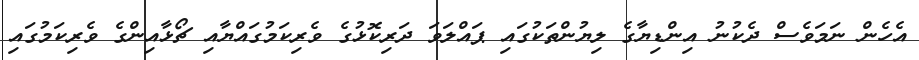
އެހެން ނަމަވެސް ދެކުނު އިންޑިޔާގެ ލިޔުންތަކުގައި ޕައްލަވަ ދަރިކޮޅުގެ ވެރިކަމުގައްޔާއި ޗޯޅާއިންގެ ވެރިކަމުގައި